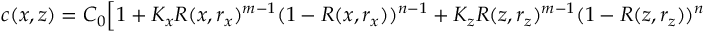
\begin{array} { r } { c ( x , z ) = C _ { 0 } \Big [ 1 + K _ { x } R ( x , r _ { x } ) ^ { m - 1 } ( 1 - R ( x , r _ { x } ) ) ^ { n - 1 } + K _ { z } R ( z , r _ { z } ) ^ { m - 1 } ( 1 - R ( z , r _ { z } ) ) ^ { n - 1 } \Big ] } \end{array}